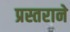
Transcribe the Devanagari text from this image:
प्रस्तराने